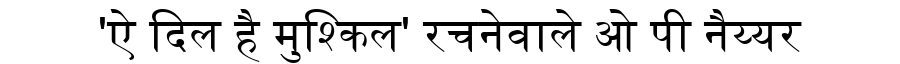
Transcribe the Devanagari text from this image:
'ऐ दिल है मुश्किल' रचनेवाले ओ पी नैय्यर